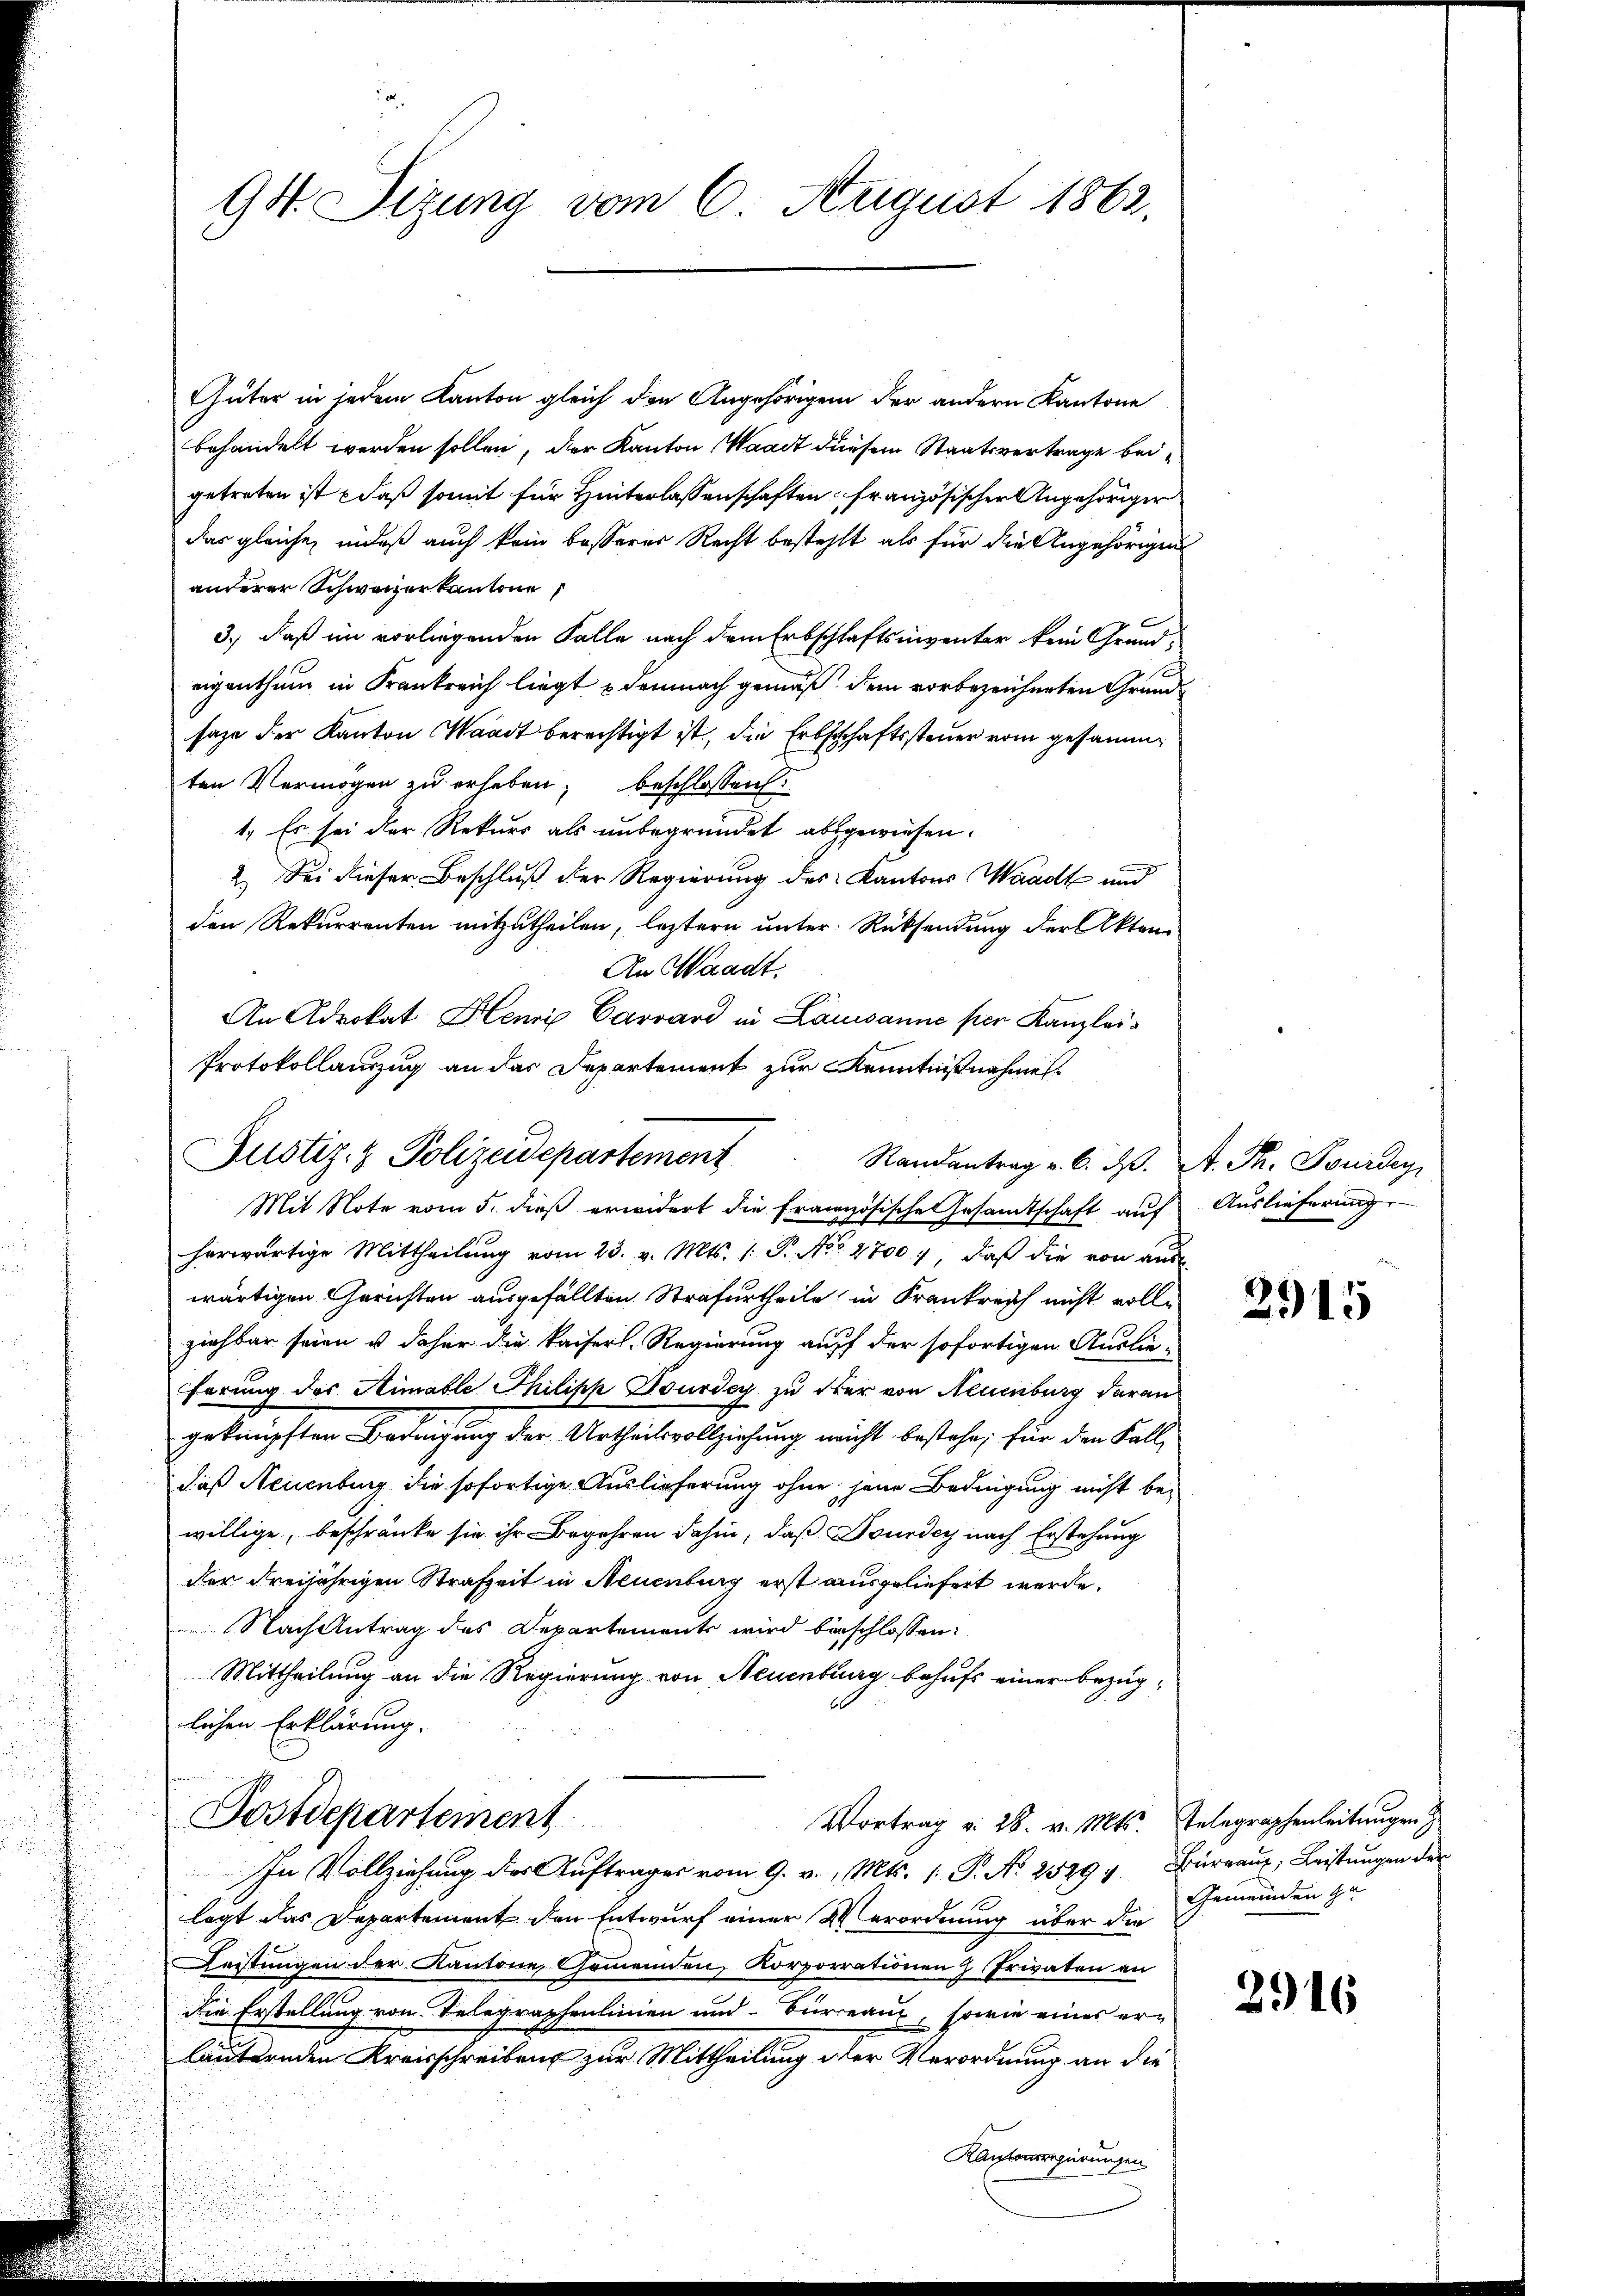
94. Sizung vom 6. August 1862.

Güter in jedem Kanton gleich den Angehörigen der andern Kantone
behandelt werden sollen, der Kanton Waadt diesem Staatsvertrage beigetreten ist daß somit für Hinterlassenschaften französischer Angehöriger
das gleiche, indeß auch kein besserer Recht besteht als für die Angehörigen
anderer Schweizerkantone
3.) daß im vorliegenden Falle nach dem Erbschlaftsinventer kein Grund-
eigenthum in Krankreich liegt & demnach gemäß dem vorbezeichneten Grundsage der Kanton Waadt berechtigt ist, die Erbschaftssteuer vom gesammten Vermögen zu erheben, beschlossen:
1. Es sei der Rekurs als unbegründet abgewiesen.
2.) Sei dieser Beschluß der Regierung des Kantons Waadt und
den Rekurrenten mitzutheilen, leztern unter Rücksendung der Akten¬
An Waadt.
An Advokat Henri Carrard in Lausanne per Kanzlei-
Protokollauszug an das Departement zur Kenntnißnahme

Mit Note vom 5. dieß erwidert die französische Gesandtschaft auf Auslieferung
herwärtige Mittheilŭng vom 23. v. Mts. 1. P. Nro 2700 7, daβ die von aŭs
wärtigen Gerichten ausgefällten Strafurtheile in Krankreich nicht vollziehbar seien u daher die kaiserl. Regierung auff der sofortigen Auslie-
förung des Simable Philipp Tourdey zu der von Neuenburg daran
geknüpften Bedingung der Urtheilsvollziehung nicht bestehe; für den Fall
daß Neuenburg die sofortige Auslieferung ohne jene Bedingung nicht be-
willige, beschränke sie ihr Begehren dahin, daß Bourdey nach Erstehung
der dreijährigen Strafzeit in Neuenburg erst ausgeliefert werde,
Nach Antrag des Departements wird beschlossen:
Mittheilung an die Regierung von Neuenburg behufs einer bezüg-
lichen Erklärung.
Postdepartement
Vortrag v. 28. v. Mts. Telegraphenleitungen
In Vollziehung des Auftrages vom 9. v. Mts. 1. P. N. 2529, Bürraus, Leistungen der
legt das Departement den Entwurf einer Verordnung über die Gemeinden zu
eistungen der Kantone, Gemeinden, Korporationen Privaten an
Die Erstellung von Telegraphenlinien und Büreaux, sowie eines erläuternden Kreisschreiben zur Mittheilung der Verordnung an die
Kantonsregierungen

Justiz- & Polizeidepartement Randantrag v. 6. ds.

A. Th. Tourdey,

2915

2916